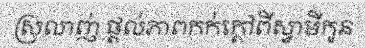
ស្រលាញ់ ផ្តល់ភាពកក់ក្តៅពីស្វាមីកូន